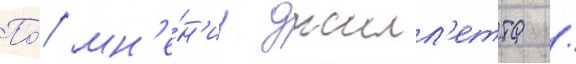
По́ мн'е́н'иу джилл'етта /